Vaccination in Bombay 1856-1862 - 1856-1862
Year: 1856
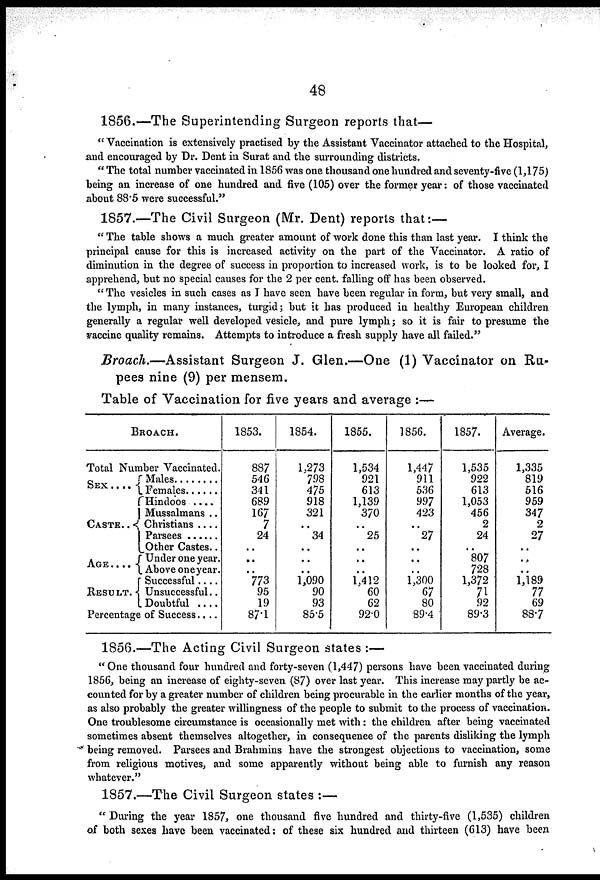
48
1856.—The Superintending Surgeon reports that—
" Vaccination is extensively practised by the Assistant Vaccinator attached to the Hospital,
and encouraged by Dr. Dent in Surat and the surrounding districts.
" The total number vaccinated in 1856 was one thousand one hundred and seventy-five (1,175)
being an increase of one hundred and five (105) over the former year: of those vaccinated
about 88.5 were successful."
1857.—The Civil Surgeon (Mr. Dent) reports that:—
" The table shows a much greater amount of work done this than last year. I think the
principal cause for this is increased activity on the part of the Vaccinator. A ratio of
diminution in the degree of success in proportion to increased work, is to be looked for, I
apprehend, but no special causes for the 2 per cent. falling off has been observed.
" The vesicles in such cases as I have seen have been regular in form, but very small, and
the lymph, in many instances, turgid; but it has produced in healthy European children
generally a regular well developed vesicle, and pure lymph; so it is fair to presume the
vaccine quality remains. Attempts to introduce a fresh supply have all failed."
Broach.—Assistant Surgeon J. Glen.—One (1) Vaccinator on Ru-
pees nine (9) per mensem.
Table of Vaccination for five years and average :—
BROACH.
Total Number Vaccinated.
SEX
. . . . .
CASTE . . .
AGE.
RESULT . .
Males . . . . .
Females . . . .
Hindoos . . . .
Mussalmans . .
Christians . . . .
Parsees . . . .
Other Castes . .
Under one year.
Above one year.
Successful . . .
Unsuccessful . .
Doubtful . . . .
Percentage of Success . . .
1853.
887
546
341
689
167
7
24
..
..
..
773
95
19
87.1
1854.
1,273
798
475
918
321
..
34
..
..
..
1,090
90
93
85.5
1855.
1,534
921
613
1,139
370
..
25
..
..
..
1,412
60
62
92.0
1856.
1,447
911
536
997
423
..
27
..
..
..
1,300
67
80
89.4
1857.
1,535
922
613
1,053
456
2
24
..
807
728
1,372
71
92
89.3
Average.
1,335
819
516
959
347
2
27
..
..
..
1,189
77
69
88.7
1856.—The Acting Civil Surgeon states :—
" One thousand four hundred and forty-seven (1,447) persons have been vaccinated during
1856, being an increase of eighty-seven (87) over last year. This increase may partly be ac-
counted for by a greater number of children being procurable in the earlier months of the year,
as also probably the greater willingness of the people to submit to the process of vaccination.
One troublesome circumstance is occasionally met with: the children after being vaccinated
sometimes absent themselves altogether, in consequence of the parents disliking the lymph
being removed. Parsees and Brahmins have the strongest objections to vaccination, some
from religious motives, and some apparently without being able to furnish any reason
whatever."
1857.—The Civil Surgeon states :—
" During the year 1857, one thousand five hundred and thirty-five (1,535) children
of both sexes have been vaccinated; of these six hundred and thirteen (613) have been